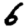
Digit: 6